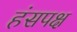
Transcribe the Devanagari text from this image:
हंसपक्ष